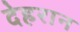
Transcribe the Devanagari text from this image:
देहरान